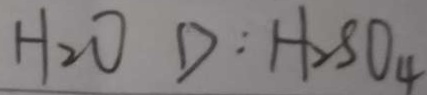
H _ { 2 } O D : H _ { 2 } S O _ { 4 }